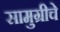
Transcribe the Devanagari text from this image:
सामुग्रीचे